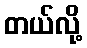
တယ်လို့